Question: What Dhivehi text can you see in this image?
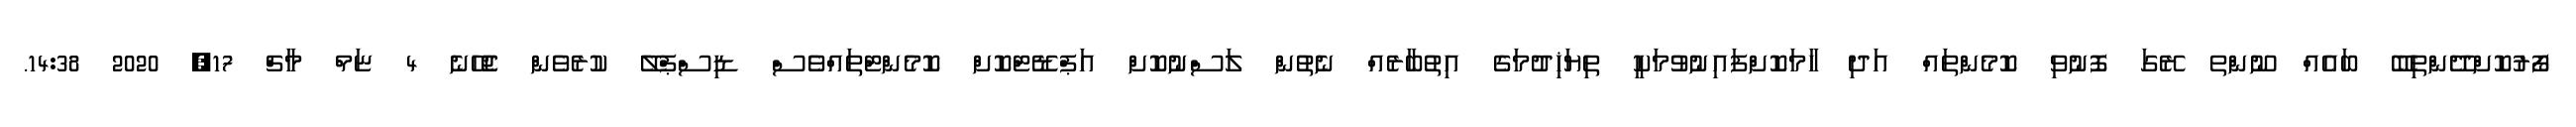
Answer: ފޯރުކޮށްދޭންތިބޭ ބައެއް ނޫންތ ރޭގަ ފޮނުވި ކޮމެންތައް އަދި ހާމަކޮށްފައިނުވުމަކީ ތިޔަޚިދުމަގެ އިތުބާރެއް ނެތުން ލަސްނުކޮށް އަޕްޑޭޓްކޮށް ކޮމެންޓްތައްވެސް ޑިސްޕްލޭ ކުރެވެން ޖެހޭނެ 4 ޏަމް މާޗް 17, 2020 14:38.